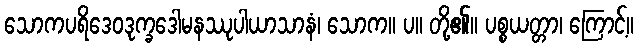
သောကပရိဒေဝဒုက္ခဒေါမနဿုပါယာသာနံ၊ သောက။ ပ။ တို့၏။ ပစ္စယတ္တာ၊ ကြောင့်။